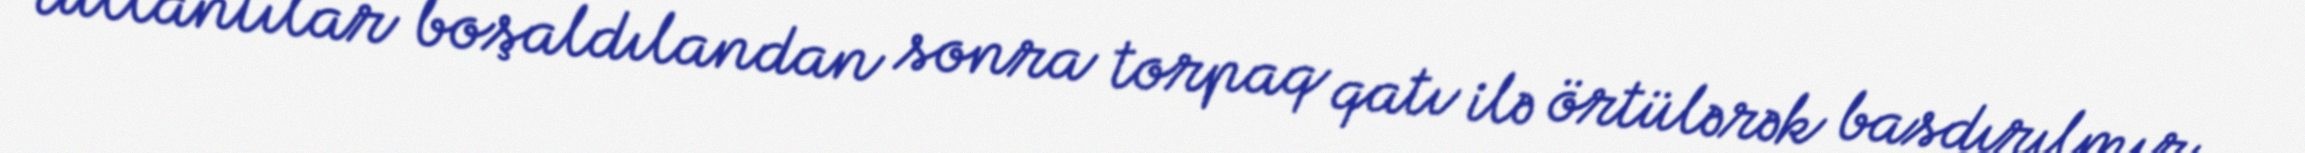
tullantılar boşaldılandan sonra torpaq qatı ilə örtülərək basdırılmır.